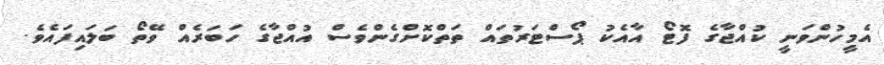
އެމީހުންވަނީ ކުއްޖާގެ ފޮޓޯ އާއެކު ޕޯސްޓަރުތައް ތަތްކޮށްގެންވެސް އުއްޖާގެ ހަބަރެއް ވޭތޯ ބަލައިފައެވެ.